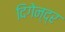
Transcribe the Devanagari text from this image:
दिगेन्द्र